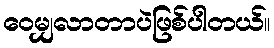
ဝေမျှလာတာပဲဖြစ်ပါတယ်။